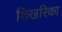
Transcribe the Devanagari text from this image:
शिखरिका